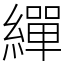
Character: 繟